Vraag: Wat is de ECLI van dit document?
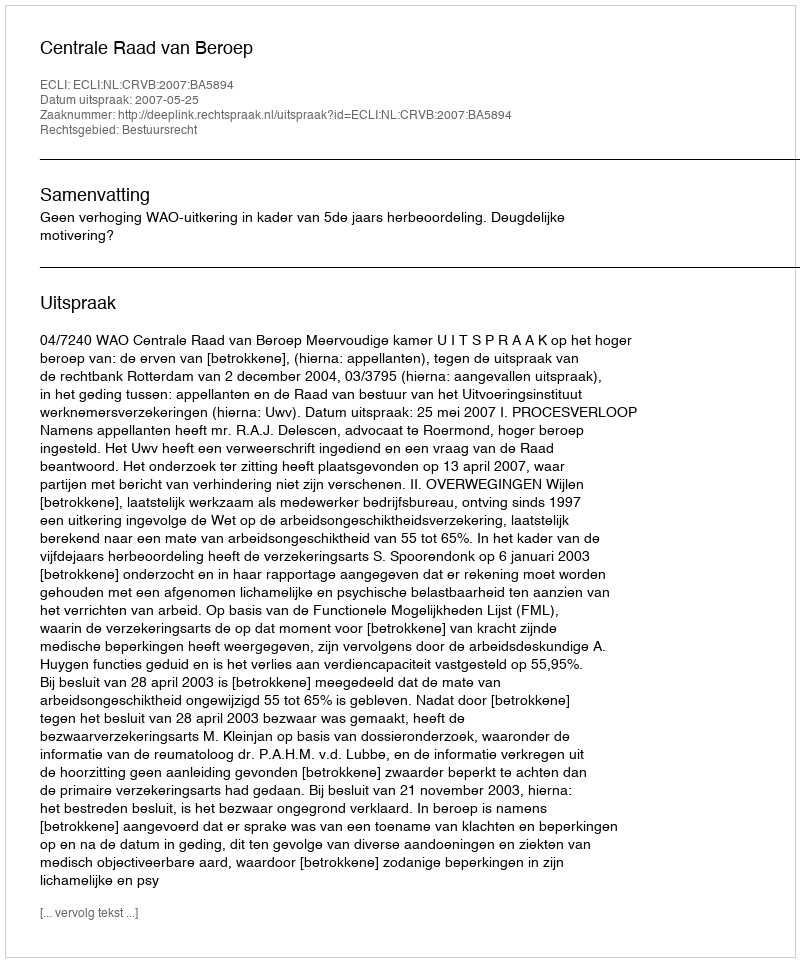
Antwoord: ECLI:NL:CRVB:2007:BA5894